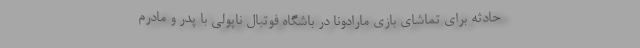
حادثه برای تماشای بازی مارادونا در باشگاه فوتبال ناپولی با پدر و مادرم